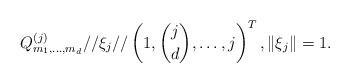
LaTeX: \begin{align*}Q_{m_{1},\ldots,m_{d}}^{(j)}//\xi_{j}//\left(1,\binom{j}{d},\ldots,j\right)^{T},\|\xi_{j}\|=1.\end{align*}